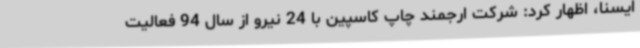
ایسنا، اظهار کرد: شرکت ارجمند چاپ کاسپین با 24 نیرو از سال 94 فعالیت